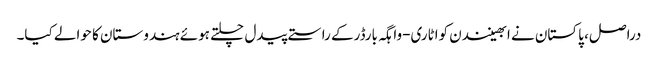
دراصل، پاکستان نے ابھینندن کواٹاری-واہگہ بارڈرکے راستے پیدل چلتے ہوئے ہندوستان کا حوالے کیا۔